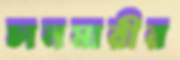
চানমারীর